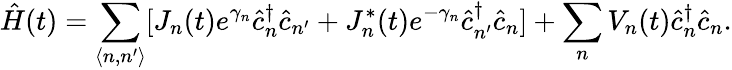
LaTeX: \hat{H}(t)=\sum_{\langle n,n^{\prime}\rangle}[J_{n}(t)e^{\gamma_{n}}\hat{c}_{n}^{\dagger}\hat{c}_{n^{\prime}}+J_{n}^{*}(t)e^{-\gamma_{n}}\hat{c}_{n^{\prime}}^{\dagger}\hat{c}_{n}]+\sum_{n}V_{n}(t)\hat{c}_{n}^{\dagger}\hat{c}_{n}.